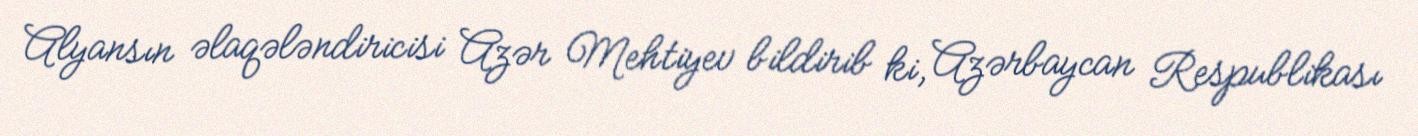
Alyansın əlaqələndiricisi Azər Mehtiyev bildirib ki, Azərbaycan Respublikası